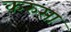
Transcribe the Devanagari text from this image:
करुसा